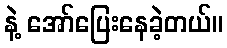
နဲ့ အော်ပြေးနေခဲ့တယ်။